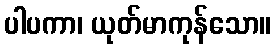
ပါပကာ၊ ယုတ်မာကုန်သော။